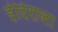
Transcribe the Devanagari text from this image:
इंदिराला